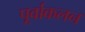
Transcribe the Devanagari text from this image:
पूर्वाकलन